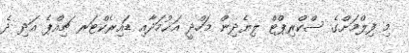
މި ފިލްމަށްގެ ސްކްރިޕްޓް ލިޔެދިން މަހްދީ އަޙުމަދާއި ޑައިރެކްޓަރ ޗިއްޕެ އަދި ދެ